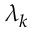
\lambda _ { k }